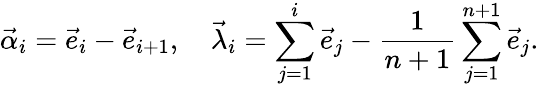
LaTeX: \vec{\alpha}_{i}=\vec{e}_{i}-\vec{e}_{i+1},\quad\vec{\lambda}_{i}=\sum_{j=1}^{i}\vec{e}_{j}-{\frac{1}{n+1}}\sum_{j=1}^{n+1}\vec{e}_{j}.